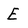
Character: E